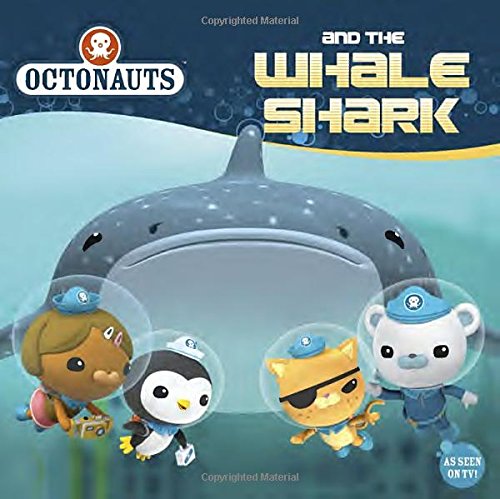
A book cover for Octonauts and the Whale Shark; Grosset & Dunlap; Children's Books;